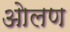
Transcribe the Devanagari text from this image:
ओलण